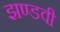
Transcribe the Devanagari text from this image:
झण्डवी